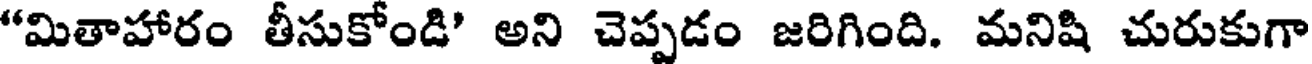
"మితాహారం తీసుకోండి" అని చెప్పడం జరిగింది. మనిషి చురుకుగా